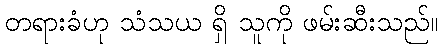
တရားခံဟု သံသယ ရှိ သူကို ဖမ်းဆီးသည်။